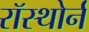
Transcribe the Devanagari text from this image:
रॉस्थोर्न